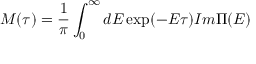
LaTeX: M ( \tau ) = \frac 1 \pi \int _ { 0 } ^ { \infty } d E \exp ( - E \tau ) { I m } \Pi ( E )